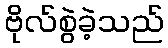
ဗိုလ်စွဲခဲ့သည်